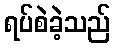
ရပ်စဲခဲ့သည်